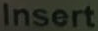
Insert